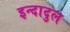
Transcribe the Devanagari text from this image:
इन्दादुल